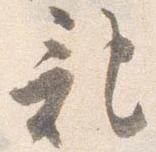
記